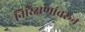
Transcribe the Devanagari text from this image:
निरिक्षणांवरून